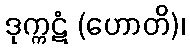
ဒုက္ကဋံ (ဟောတိ)၊